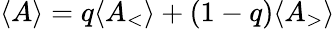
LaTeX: \langle{A}\rangle=q\langle{A_{\mathrm{<}}}\rangle+(1-q)\langle{A_{\mathrm{>}}}\rangle